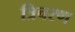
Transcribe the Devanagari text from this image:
त्रिचरण